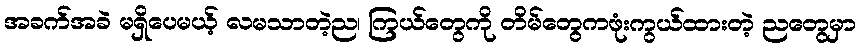
အခက်အခဲ မရှိပေမယ့် လမသာတဲ့ည၊ ကြယ်တွေကို တိမ်တွေကဖုံးကွယ်ထားတဲ့ ညတွေမှာ